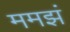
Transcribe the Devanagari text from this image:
ममझं